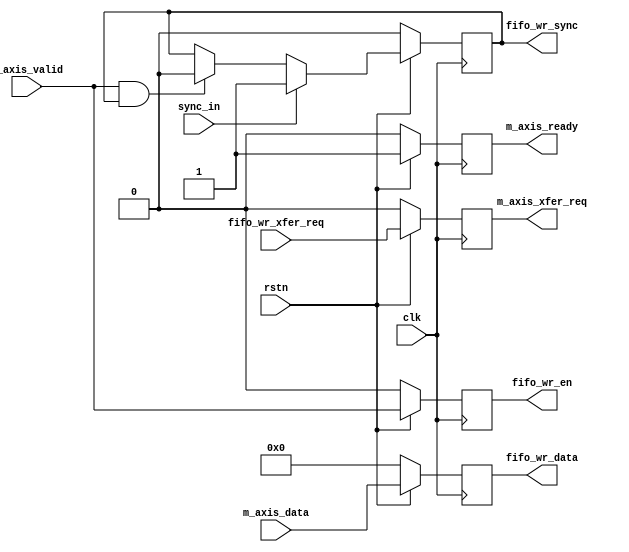
// ***************************************************************************
// ***************************************************************************
// Copyright 2014 - 2017 (c) Analog Devices, Inc. All rights reserved.
//
// In this HDL repository, there are many different and unique modules, consisting
// of various HDL (Verilog or VHDL) components. The individual modules are
// developed independently, and may be accompanied by separate and unique license
// terms.
//
// The user should read each of these license terms, and understand the
// freedoms and responsibilities that he or she has by using this source/core.
//
// This core is distributed in the hope that it will be useful, but WITHOUT ANY
// WARRANTY; without even the implied warranty of MERCHANTABILITY or FITNESS FOR
// A PARTICULAR PURPOSE.
//
// Redistribution and use of source or resulting binaries, with or without modification
// of this file, are permitted under one of the following two license terms:
//
//   1. The GNU General Public License version 2 as published by the
//      Free Software Foundation, which can be found in the top level directory
//      of this repository (LICENSE_GPL2), and also online at:
//      <https://www.gnu.org/licenses/old-licenses/gpl-2.0.html>
//
// OR
//
//   2. An ADI specific BSD license, which can be found in the top level directory
//      of this repository (LICENSE_ADIBSD), and also on-line at:
//      https://github.com/analogdevicesinc/hdl/blob/master/LICENSE_ADIBSD
//      This will allow to generate bit files and not release the source code,
//      as long as it attaches to an ADI device.
//
// ***************************************************************************
// ***************************************************************************

`timescale 1ns/100ps

module axi_ad7616_maxis2wrfifo #(

  parameter   DATA_WIDTH = 16) (

  input                   clk,
  input                   rstn,
  input                   sync_in,

  // m_axis interface

  input       [DATA_WIDTH-1:0]  m_axis_data,
  output  reg             m_axis_ready,
  input                   m_axis_valid,
  output  reg             m_axis_xfer_req,

  // write fifo interface

  output  reg             fifo_wr_en,
  output  reg [DATA_WIDTH-1:0]  fifo_wr_data,
  output  reg             fifo_wr_sync,
  input                   fifo_wr_xfer_req
);


  always @(posedge clk) begin
    if (rstn == 1'b0) begin
      m_axis_ready <= 1'b0;
      m_axis_xfer_req <= 1'b0;
      fifo_wr_data <= 'b0;
      fifo_wr_en <= 1'b0;
      fifo_wr_sync <= 1'b0;
    end else begin
      m_axis_ready <= 1'b1;
      m_axis_xfer_req <= fifo_wr_xfer_req;
      fifo_wr_data <= m_axis_data;
      fifo_wr_en <= m_axis_valid;
      if (sync_in == 1'b1) begin
        fifo_wr_sync <= 1'b1;
      end else if ((m_axis_valid == 1'b1) &&
                   (fifo_wr_sync == 1'b1)) begin
        fifo_wr_sync <= 1'b0;
      end
    end
  end

endmodule